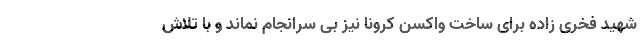
شهید فخری زاده برای ساخت واکسن کرونا نیز بی سرانجام نماند و با تلاش